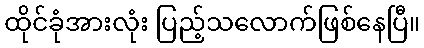
ထိုင်ခုံအားလုံး ပြည့်သလောက်ဖြစ်နေပြီ။